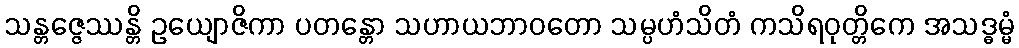
သန္တဇ္ဇေဿန္တိ ဥယျောဇိကာ ပတန္တော သဟာယဘာဝတော သမ္ပဟံသိတံ ကသိရဝုတ္တိကေ အသဒ္ဓမ္မံ